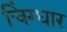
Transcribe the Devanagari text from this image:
चिंग्धार